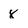
Character: 8